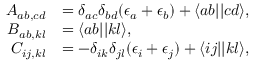
\begin{array} { r l } { A _ { a b , c d } } & { = \delta _ { a c } \delta _ { b d } ( \epsilon _ { a } + \epsilon _ { b } ) + \langle a b | | c d \rangle \mathrm { , } } \\ { B _ { a b , k l } } & { = \langle a b | | k l \rangle \mathrm { , } } \\ { C _ { i j , k l } } & { = - \delta _ { i k } \delta _ { j l } ( \epsilon _ { i } + \epsilon _ { j } ) + \langle i j | | k l \rangle \mathrm { , } } \end{array}